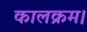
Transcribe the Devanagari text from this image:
कालक्रम।